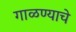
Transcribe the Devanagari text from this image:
गाळण्याचे